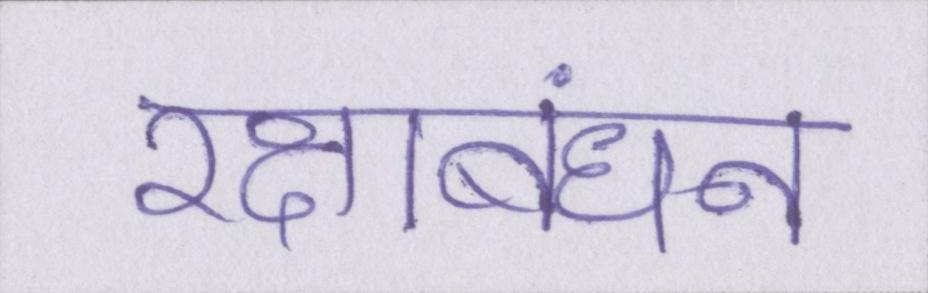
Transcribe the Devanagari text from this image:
रक्षाबंधन